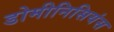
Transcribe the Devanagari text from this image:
डोमीनिसियंस